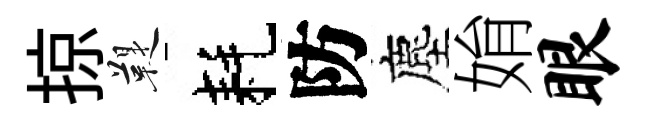
掠鞮耗防塵姢眼